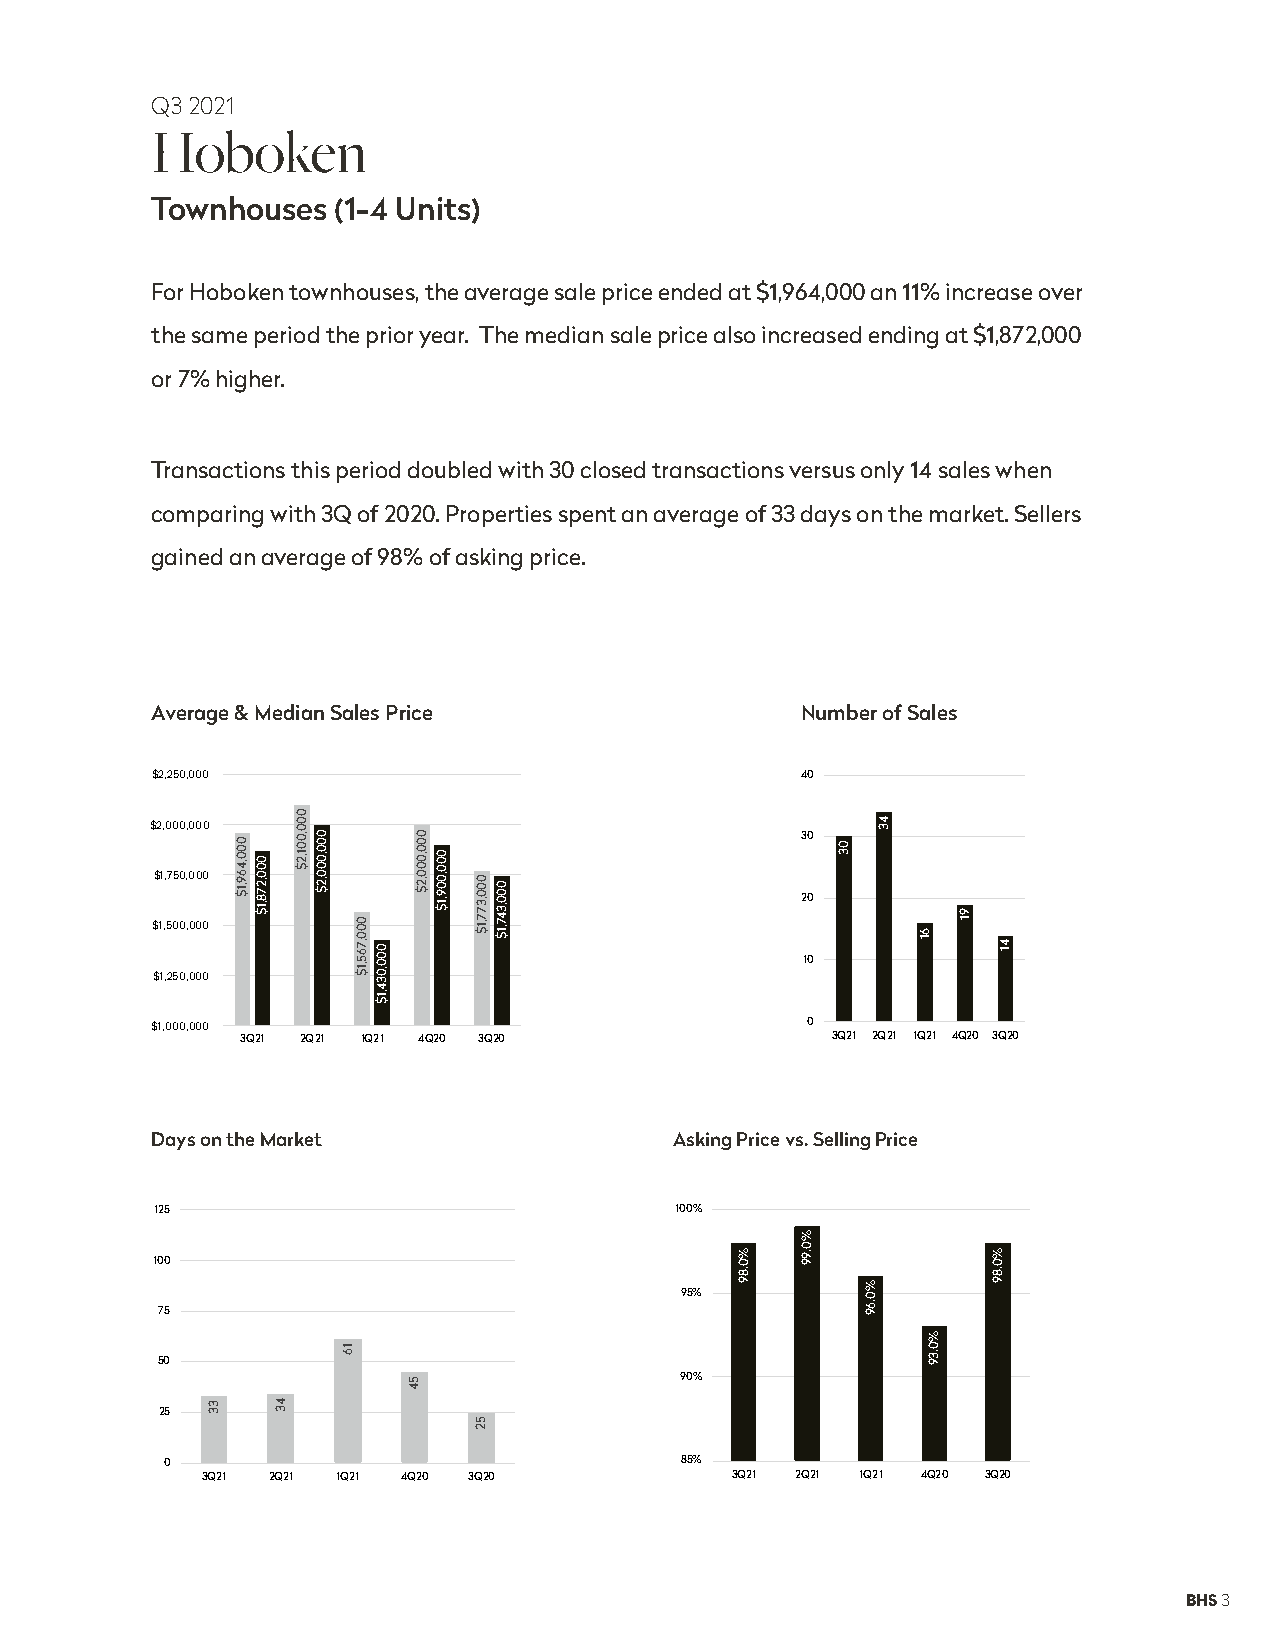
Q3 2021
 Hoboken
 Townhouses  (1-4 Units)
 For Hoboken townhouses, the average sale price ended at $1,964,000 an 11% increase over
 the same period the prior year. The median sale price also increased ending at $1,872,000
 or 7% higher.
 Transactions this period doubled with 30 closed transactions versus only 14 sales when
 comparing with 3Q of 2020. Properties spent an average of 33 days on the market. Sellers
 gained an average of 98% of asking price.
 Average & Median Sales Price               Number of Sales
 $2,250,000                                 40
 $2,000,000
 30
 $1,750,000
 20
 $1,500,000
 10
 $1,250,000
 $1,000,000                                 0
 3Q21 2Q21 1Q21 4Q20 3Q20               3Q21 2Q21 1Q21 4Q20 3Q20
 Days on the Market                 Asking Price vs. Selling Price
 125                                100%
 100
 95%
 75
 50
 90%
 25
 0                                 85%
 3Q21 2Q21 1Q21 4Q20 3Q20           3Q21 2Q21 1Q21 4Q20 3Q20
 BHS 3
 33
 000,469,1$
 000,278,1$
 43
 000,001,2$
 000,000,2$
 16
 000,765,1$
 000,034,1$
 54
 000,000,2$
 000,009,1$
 000,377,1$
 52
 000,347,1$
 %0.89
 %0.99
 03
 %0.69
 43
 61
 %0.39
 91
 %0.89
 41